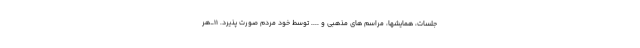
جلسات، همایشها، مراسم های مذهبی و .... توسط خود مردم صورت پذیرد. ۱۱_هر